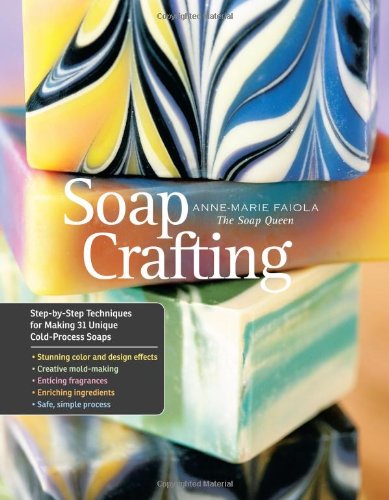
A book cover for Soap Crafting: Step-by-Step Techniques for Making 31 Unique Cold-Process Soaps; Anne-Marie Faiola; Crafts, Hobbies & Home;